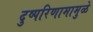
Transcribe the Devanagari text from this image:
दुष्परिणामामुळे